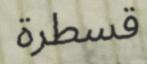
قسطرة